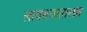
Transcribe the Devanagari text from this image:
लावण्यासारखा